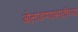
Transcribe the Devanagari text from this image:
ओलांडण्यासाठीच्या